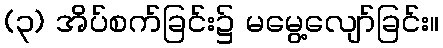
(၃) အိပ်စက်ခြင်း၌ မမွေ့လျော်ခြင်း။